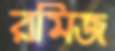
রমিজ